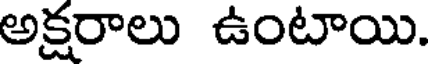
అక్షరాలు ఉంటాయి.